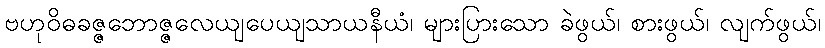
ဗဟုဝိဓခဇ္ဇဘောဇ္ဇလေယျပေယျသာယနီယံ၊ များပြားသော ခဲဖွယ်၊ စားဖွယ်၊ လျက်ဖွယ်၊